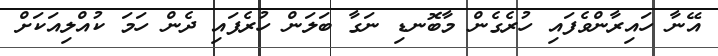
އޭނާ ހައިރާންވެފައި ހުރެގެން މާބޮނޑި ނަގާ ބަލަން ހުރެފައި ދެން ހަމަ ކުއްލިއަކަށް